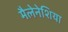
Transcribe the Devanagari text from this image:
मैलेनेशिया